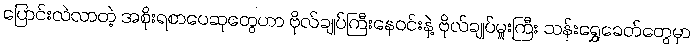
ပြောင်းလဲလာတဲ့ အစိုးရစာပေဆုတွေဟာ ဗိုလ်ချုပ်ကြီးနေဝင်းနဲ့ ဗိုလ်ချုပ်မှူးကြီး သန်းရွှေခေတ်တွေမှာ